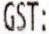
GST: